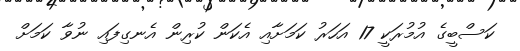
ކަސްބީގެ އުމުރަކީ 17 އަހަރު ކަމަށާއި އެކަން ކުރިން އެނގިފައި ނުވާ ކަމަށް